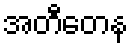
အတီတေန